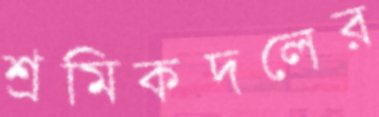
শ্রমিকদলের